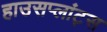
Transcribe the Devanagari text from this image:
हाउसप्लांट्स